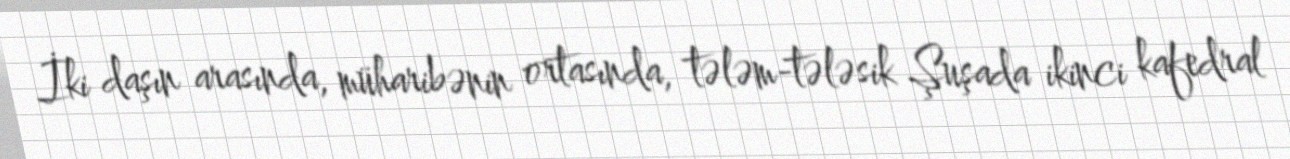
İki daşın arasında, müharibənin ortasında, tələm-tələsik Şuşada ikinci kafedral